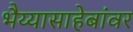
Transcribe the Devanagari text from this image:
भैय्यासाहेबांवर